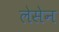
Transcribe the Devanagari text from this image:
लेसेन